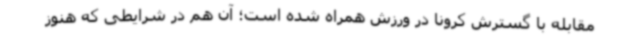
مقابله با گسترش کرونا در ورزش همراه شده است؛ آن هم در شرایطی که هنوز